Civil Veterinary Department. Madras. Admin. report 1910-25 - 1910-1925
Year: 1910
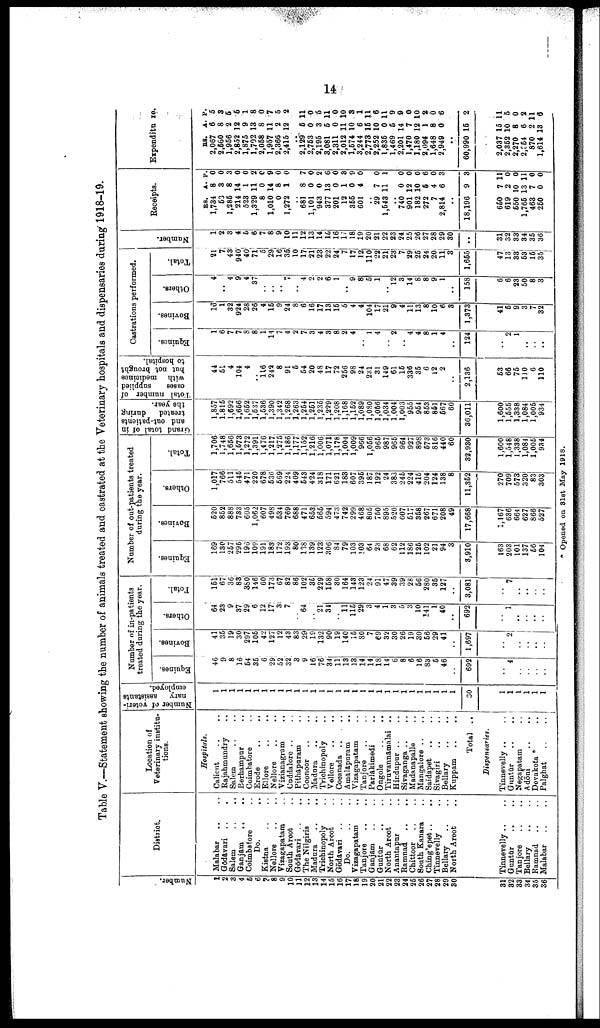
14
Table V.—Statement showing the number of animals treated and castrated at the Veterinary hospitals and dispensaries during 1918-19.
Number.
1
2
3
4
5
6
7
8
9
10
11
12
13
14
16
16
17
18
19
20
21
22
23
24
26
26
27
28
29
30
31
32
33
34
35
36
District.
Malabar .. ..
Gōdavari .. ..
Salem .. ..
Ganjam .. ..
Coimbatore ..
Do. .. .
Kistna .. ..
Nellore .. ..
Vizagapatam ..
South Arcot ..
Gōdavari .. ..
The Nilgiris ..
Madura .. ..
Trichinopoly ..
North Arcot ..
Gōdavari .. ..
Do. .. ..
Vizagapatam ..
Tanjore .. ..
Ganjam .. ..
Guntūr .. ..
North Arcot ..
Anantapur ..
Ramnad .. ..
Chittoor .. ..
South Kanara ..
Chinglepet .. ..
Tinnevelly ..
Bellary .. ..
North Arcot ..
Tinnevelly .. ..
Guntūr .. ..
Tanjore .. ..
Bellary .. ..
Ramnad .. ..
Malabar .. ..
Location of
Veterinary institu
tions.
Hospitals.
Calicut .. ..
Rajahmundry ..
Salem .. ..
Berhampur ..
Coimbatore ..
Erode .. ..
Ellore .. ..
Nellore .. ..
Vizianagram ..
Cuddalore ..
Pithāpuram ..
Coonoor .. ..
Madura .. ..
Trichinopoly ..
Vellore .. ..
Cocanada .. ..
Amalapuram ..
Vizagapatam ..
Tanjore .. ..
Parlakimedi ..
Ongole .. ..
Tiruvannāmalai ..
Hindupur .. ..
Sivaganga .. ..
Madanapalle ..
Mangalore .. ..
Saidapet .. ..
Sivagiri .. ..
Bellary
..
..
Kuppam
..
..
Total ..
Dispensaries.
Tinnevelly .. ..
Guntūr .. ..
Negapatam ..
A dōni .. ..
Devakota * ..
Palghat .. ..
Number of veteri
nary
assistants
employed.
1
1
1
1
1
1
1
1
1
1
1
1
1
1
1
1
1
1
1
1
1
1
1
1
1
1
1
1
1
1
30
1
1
1
1
1
Number of in-patients
treated during the year.
Equines.
46
9
8
16
54
35
6
29
52
32
3
9
16
76
34
11
13
13
14
14
18
14
6
8
6
16
83
5
46
..
692
..
4
..
..
..
..
Bovines.
41
35
19
30
297
105
42
127
12
43
83
29
19
132
90
19
140
15
80
7
69
32
30
26
19
30
56
29
41
..
1,697
..
2
..
..
..
..
Others.
64
23
9
37
29
6
12
17
3
7
64
21
34
11
115
29
3
4
1
3
5
3
10
141
1
40
..
692
..
1
..
..
..
..
Total.
151
67
36
83
380
146
60
173
67
82
86
102
36
229
158
30
164
143
123
24
91
47
39
39
2S
56
280
35
127
..
3,081
..
7
..
..
..
..
Number of out-patients treated
during the year.
Equines.
169
130
257
295
196
109
191
183
172
193
80
118
139
123
306
84
79
103
103
64
23
68
62
112
186
125
102
21
94
3
3,910
163
203
101
137
56
104
Bovines.
520
852
888
733
605
1,062
607
498
534
769
688
471
653
565
594
473
742
299
468
805
750
895
520
607
517
358
267
671
208
49
17,668
1,167
636
664
627
866
527
Others.
1,017
766
511
545
471
220
678
530
569
224
409
543
424
318
171
621
183
607
395
187
192
24
383
246
224
416
204
124
138
8
11,352
270
709
573
320
83
303
Total.
1,706
1,748
1,656
1,673
1,272
1,391
1,476
1,217
1,275
1,186
1,177
1,152
1.216
1,006
1,071
1,178
1,004
1,009
966
1,056
965
987
966
964
927
898
573
816
440
60
32,930
1.600
1,548
1,338
1,084
1,006
934
Grand total of in
and out-patients
treated
during
the year.
1,857
1.815
1,692
1,666
1,652
1,537
1,536
i
1,390
1,342
1,268
1,263
1,254
1,251
1,235
1,229
1,208
1,168
1,152
1,089
1,080
1,066
1,034
1,004
1,003
955
954
853
861
567
60
36,011
1,600
1,555
1,338
1,084
1,005
934
Total number of
cases
supplied
with medicines
but not brought
to hospital.
44
51
4
104
4
..
116
242
8
91
5
54
20
48
17
72
256
98
24
231
31
149
61
15
336
35
6
12
2
..
2,136
53
66
75
no 6
110
Castrations performed.
Equines.
1
6
7
7
8
8
1
14
7
4
2
7
3
4
3
8
2
4
..
1
4
..
2
..
4
4
8
1
4
..
124
..
2
1
..
..
Bovines.
16
1
32
924
28
26
4
15
9
24
8
6
16
17
13
15
6
4
4
104
17
21
9
4
11
13
8
10
6
3
1,373
41
5
9
3
7
32
Others.
4
..
4
9
4
37
..
..
..
7
..
4
2
2
6
1
..
9
8
5
1
..
l2
3
14
8
8
9
1
158
6
6
23
50
8
3
Total.
21
7
43
940
40
71
5
29
16
35
10
17
21
23
22
24
7
17
12
110
22
21
231
7
29
25
24
20,
11
3
1,655
47
13
33
53!
16j
35
Numbe r
.
1
2
3
4
6
6
7
8
9
10
11
12
13
14
16
16
17
18
19
20
21
22
23
24
25
26
27
28
29
30
..
31
32
33
34
35
36
Receipts.
RS.
A. P.
1,734 8 0
53 3 0
1,285 8 3
214 14 0
523 1 0
1,329 11 2
8 0 C
1,010 14 9
0 8 0
1,272 1 0
..
681 8 7
1,101 0 0
943 0 2
377 13 6
201 0 0
12 1 3
355 0 9
601 4 0
..
29 7 0
1,543 11 1
..
740 0 0
901 12 0
182 10 0
272 5 6
7 4 0
2,814 6 3
..
18,196 9 3
650 7 11
619 2 0
550 10 0
1,765 13 11
463 7 0
250 0 0
Expenditure.
RS. A. P.
2,067 6 5
2,660 8 3
1,956 2 5
2,852 12 6
1,875 9 1
1,702 13 8
2,058 8 0
1,957 11 7
2,366 2 5
2,415 12 2
..
2,129 6 11
2,753 0 0
2,195 3 5
3,081 5 11
2,311 0 0
2,012 11 10
1,574 10 3
3,244 6 1
2,773 15 11
2,252 10 6
1,835 0 11
1,469 5 9
2,201 14 9
1,470 7 0
1,180 12 10
2,094 1 2
1,648 8 0
2,949 0 6
..
60,990 15 2
2,037 15 11
2,352 10 5
2,270 8 0
2,354 6 2
870 2 11
1,614 13 6
* Opened on 31st May 1918.